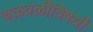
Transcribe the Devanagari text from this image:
चळवळीविषयी